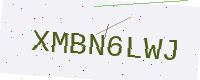
Text: XMBN6LWJ